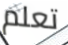
تعلم